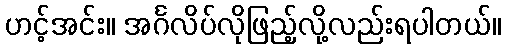
ဟင့်အင်း။ အင်္ဂလိပ်လိုဖြည့်လို့လည်းရပါတယ်။